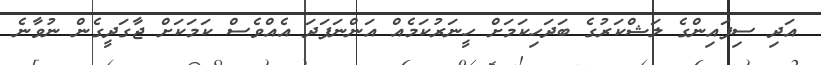
އަދި ސިފައިންގެ ލަޝްކަރުގެ ބަދަހިކަމަށް ހީނަރުކަމެއް އަންނަފަދަ އެއްވެސް ކަމަކަށް ޖާގަދީގެން ނުވާނެ